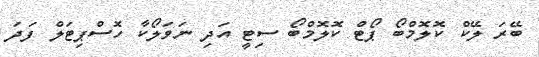
ބޭރަ ލޭކް ކޮލޮމްބޯ ޕޯޓް ކޮލޮމްބޯ ސިޓީ އަދި ނަވަލޯކާ ހޮސްޕިޓަލް ފަދަ